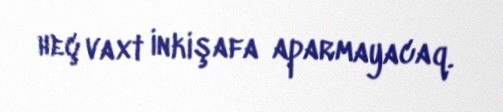
heç vaxt inkişafa aparmayacaq.